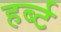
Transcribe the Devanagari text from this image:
हर्ब्ट